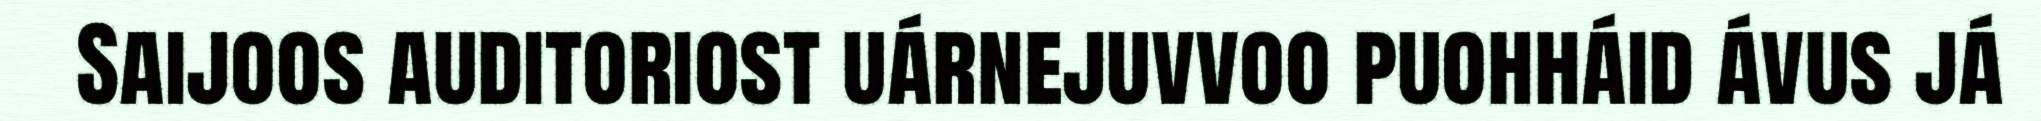
Saijoos auditoriost uárnejuvvoo puohháid ávus já